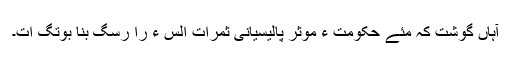
آہاں گوشت کہ مئے حکومت ءِ موثر پالیسیانی ثمرات اُلس ءَ را رسگ بنا بوتگ ات۔